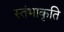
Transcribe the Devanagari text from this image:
स्तंभाकृति